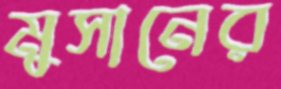
মুসানের